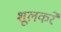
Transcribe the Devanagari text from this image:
शूलकरे